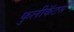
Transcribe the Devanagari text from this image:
फुलीकॅटस